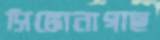
সিঙ্কোনাগাছ